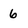
Character: 6